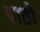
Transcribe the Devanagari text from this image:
पाठो